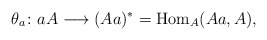
\begin{align*}\theta_a\colon aA\longrightarrow (Aa)^*={\rm Hom}_A(Aa, A),\end{align*}